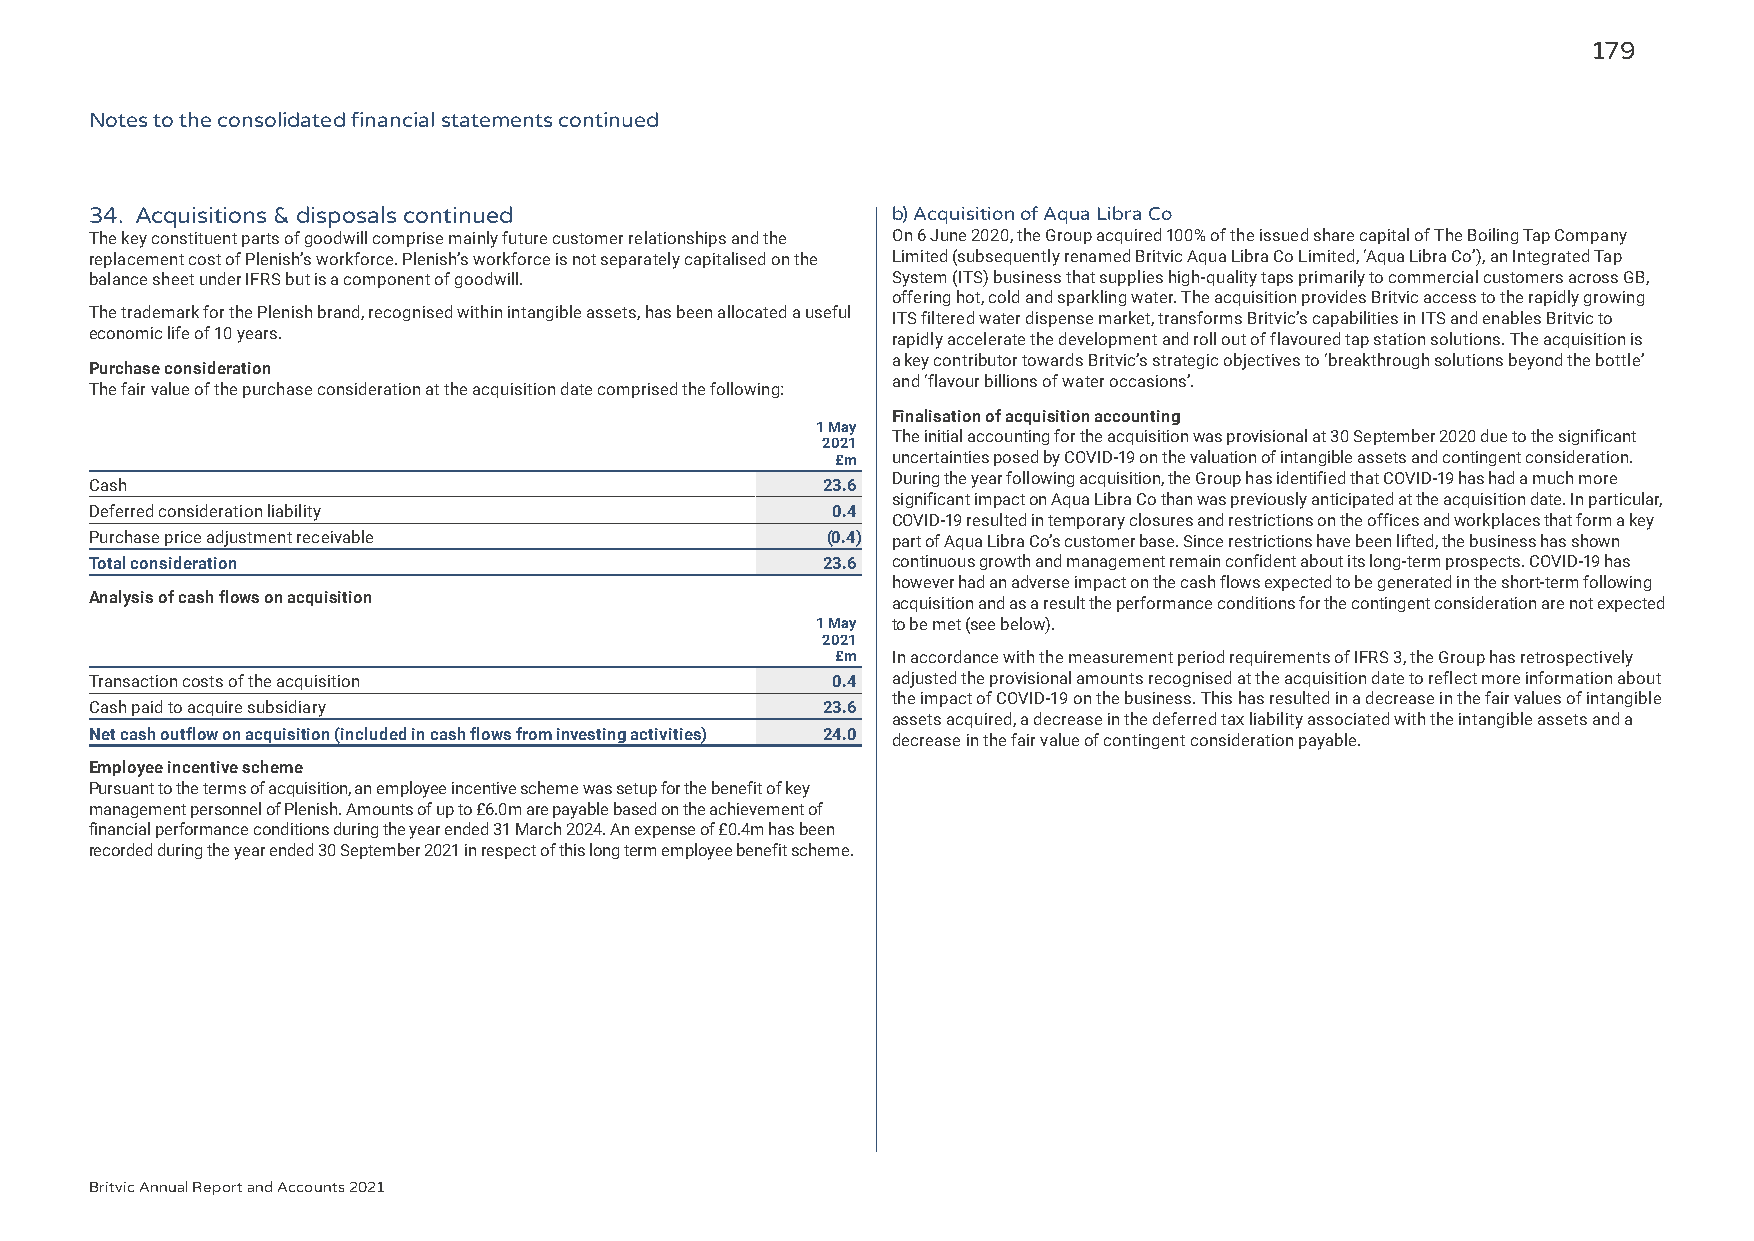
179
 Notes to the consolidated financial statements continued
 34. Acquisitions & disposals continued               b) Acquisition of Aqua Libra Co
 The key constituent parts of goodwill comprise mainly future customer relationships and the On 6 June 2020, the Group acquired 100% of the issued share capital of The Boiling Tap Company
 replacement cost of Plenish’s workforce. Plenish’s workforce is not separately capitalised on the Limited (subsequently renamed Britvic Aqua Libra Co Limited, ‘Aqua Libra Co’), an Integrated Tap
 balance sheet under IFRS but is a component of goodwill. System (ITS) business that supplies high-quality taps primarily to commercial customers across GB,
 offering hot, cold and sparkling water. The acquisition provides Britvic access to the rapidly growing
 The trademark for the Plenish brand, recognised within intangible assets, has been allocated a useful ITS filtered water dispense market, transforms Britvic’s capabilities in ITS and enables Britvic to
 economic life of 10 years.                           rapidly accelerate the development and roll out of flavoured tap station solutions. The acquisition is
 a key contributor towards Britvic’s strategic objectives to ‘breakthrough solutions beyond the bottle’
 Purchase consideration
 and ‘flavour billions of water occasions’.
 The fair value of the purchase consideration at the acquisition date comprised the following:
 Finalisation of acquisition accounting
 1 May
 The initial accounting for the acquisition was provisional at 30 September 2020 due to the significant
 2021
 £m  uncertainties posed by COVID-19 on the valuation of intangible assets and contingent consideration.
 During the year following acquisition, the Group has identified that COVID-19 has had a much more
 Cash                                            23.6
 significant impact on Aqua Libra Co than was previously anticipated at the acquisition date. In particular,
 Deferred consideration liability                 0.4
 COVID-19 resulted in temporary closures and restrictions on the offices and workplaces that form a key
 Purchase price adjustment receivable             (0.4) part of Aqua Libra Co’s customer base. Since restrictions have been lifted, the business has shown
 Total consideration                             23.6 continuous growth and management remain confident about its long-term prospects. COVID-19 has
 however had an adverse impact on the cash flows expected to be generated in the short-term following
 Analysis of cash flows on acquisition
 acquisition and as a result the performance conditions for the contingent consideration are not expected
 1 May to be met (see below).
 2021
 £m  In accordance with the measurement period requirements of IFRS 3, the Group has retrospectively
 Transaction costs of the acquisition             0.4 adjusted the provisional amounts recognised at the acquisition date to reflect more information about
 the impact of COVID-19 on the business. This has resulted in a decrease in the fair values of intangible
 Cash paid to acquire subsidiary                 23.6
 assets acquired, a decrease in the deferred tax liability associated with the intangible assets and a
 Net cash outflow on acquisition (included in cash flows from investing activities) 24.0
 decrease in the fair value of contingent consideration payable.
 Employee incentive scheme
 Pursuant to the terms of acquisition, an employee incentive scheme was setup for the benefit of key
 management personnel of Plenish. Amounts of up to £6.0m are payable based on the achievement of
 financial performance conditions during the year ended 31 March 2024. An expense of £0.4m has been
 recorded during the year ended 30 September 2021 in respect of this long term employee benefit scheme.
 Britvic Annual Report and Accounts 2021